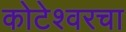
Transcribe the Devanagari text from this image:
कोटेश्वरचा